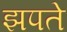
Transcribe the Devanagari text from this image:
झपते